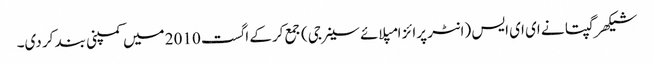
شیکھر گپتا نے ای ای ایس (انٹر پرائز امپلائے سینرجی) جمع کرکے اگست 2010 میں کمپنی بند کر دی۔